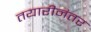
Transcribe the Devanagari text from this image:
तयारीनंतर